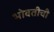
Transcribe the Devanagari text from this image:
भोवतीची